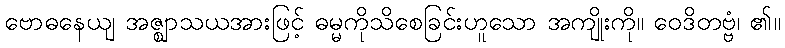
ဗောဓနေယျ အဇ္ဈာသယအားဖြင့် ဓမ္မကိုသိစေခြင်းဟူသော အကျိုးကို။ ဝေဒိတဗ္ဗံ၊ ၏။